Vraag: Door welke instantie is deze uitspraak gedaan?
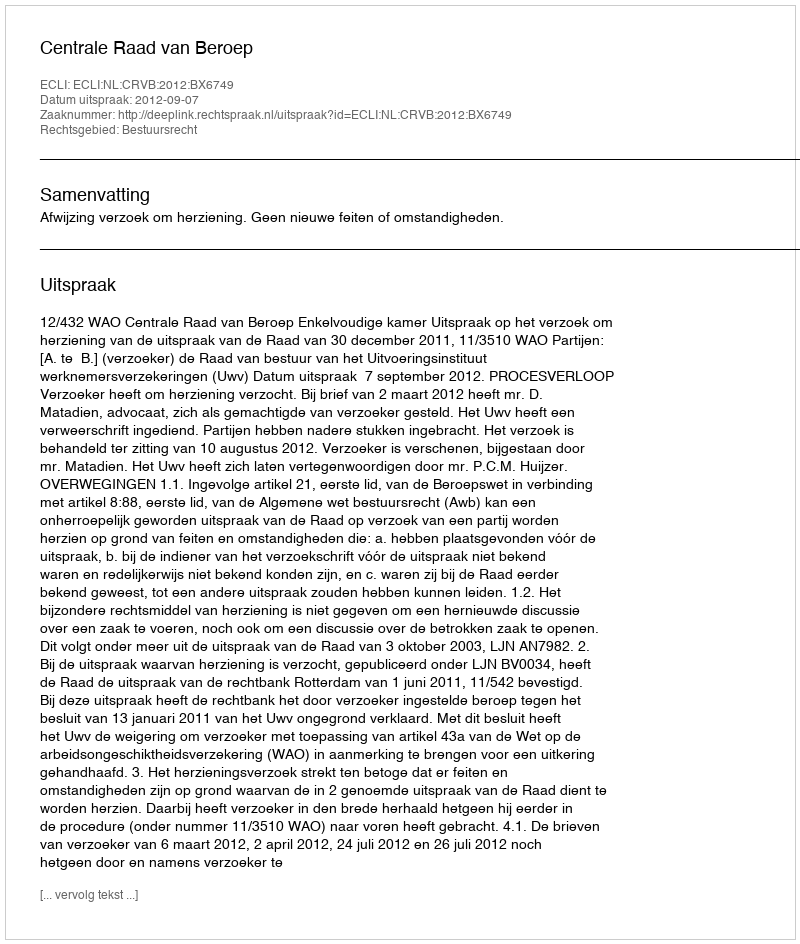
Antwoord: Centrale Raad van Beroep